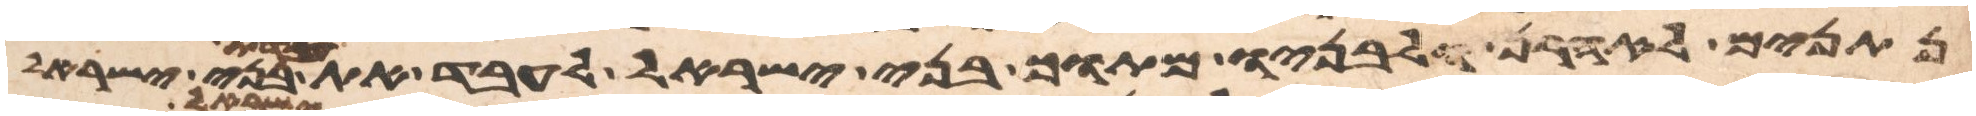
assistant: נתנים לאהרן ולבניו מתוך בני ישראל לעבד את עבדת בני ישראל